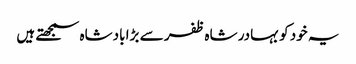
یہ خود کو بہادر شاہ ظفر سے بڑا بادشاہ سمجھتے ہیں